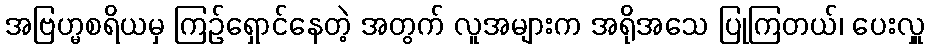
အဗြဟ္မစရိယမှ ကြဉ်ရှောင်နေတဲ့ အတွက် လူအများက အရိုအသေ ပြုကြတယ်၊ ပေးလှူ